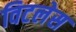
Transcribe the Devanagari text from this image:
विटलेस